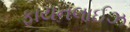
ફાયનલાઈઝ